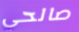
صالحي